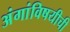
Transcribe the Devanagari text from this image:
अंगांविषयीची